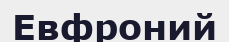
Евфроний